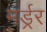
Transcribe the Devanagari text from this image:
मर्ड्रर